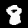
Label: 8